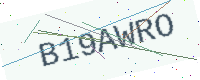
Text: B19AWRO